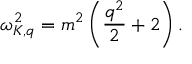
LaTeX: \omega _ { K , q } ^ { 2 } = m ^ { 2 } \left( \frac { q ^ { 2 } } { 2 } + 2 \right) .